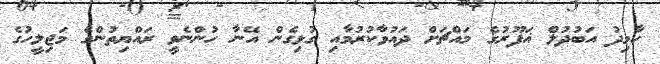
ހާމިދު އަބުދުލް ޣަފޫރުގެ މައްޗަށް ދައުވާކުރުމާއި ގުޅިގެން އޭނާ ހުންނެވީ ރައްޔިތުންގެ މަޖިލީހުގެ